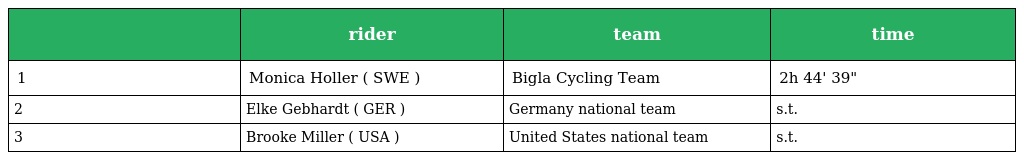
|  | rider | team | time |
 | --- | --- | --- | --- |
 | 1 | Monica Holler ( SWE ) | Bigla Cycling Team | 2h 44' 39" |
 | 2 | Elke Gebhardt ( GER ) | Germany national team | s.t. |
 | 3 | Brooke Miller ( USA ) | United States national team | s.t. |